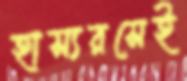
হাস্যরসেই